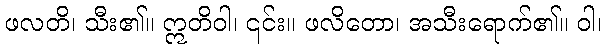
ဖလတိ၊ သီး၏။ ဣတိဝါ၊ ၎င်း။ ဖလိတော၊ အသီးရောက်၏။ ဝါ၊